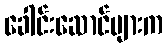
ခေါင်းဆောင်များက